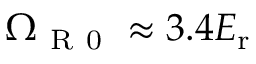
\Omega _ { \mathrm { ~ R ~ 0 ~ } } \approx 3 . 4 E _ { \mathrm { { r } } }